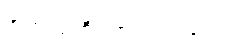
အတူတူကြီးလာတဲ့ငယ်ပေါင်း။